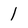
Character: 1